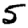
Digit: 5